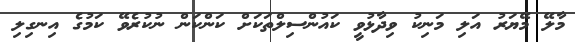
މާލޭ މޭޔަރު އަލި މަނިކު ވިދާޅުވީ ކައުންސިލްތަކަށް ކަންކަން ނުކުރެވޭ ކަމުގެ އިނގިލި